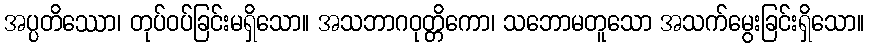
အပ္ပတိဿော၊ တုပ်ဝပ်ခြင်းမရှိသော။ အသဘာဂဝုတ္တိကော၊ သဘောမတူသော အသက်မွေးခြင်းရှိသော။